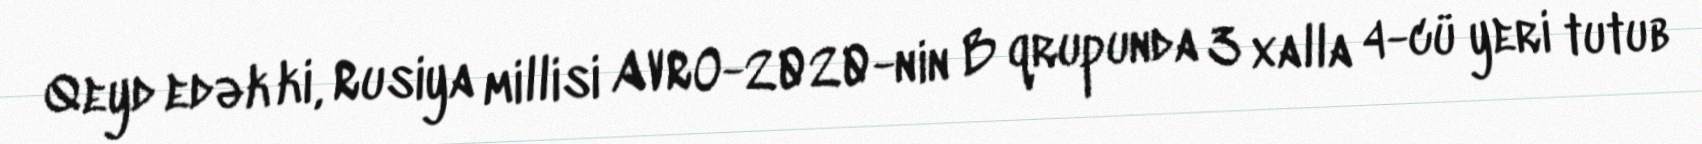
Qeyd edək ki, Rusiya millisi AVRO-2020-nin B qrupunda 3 xalla 4-cü yeri tutub